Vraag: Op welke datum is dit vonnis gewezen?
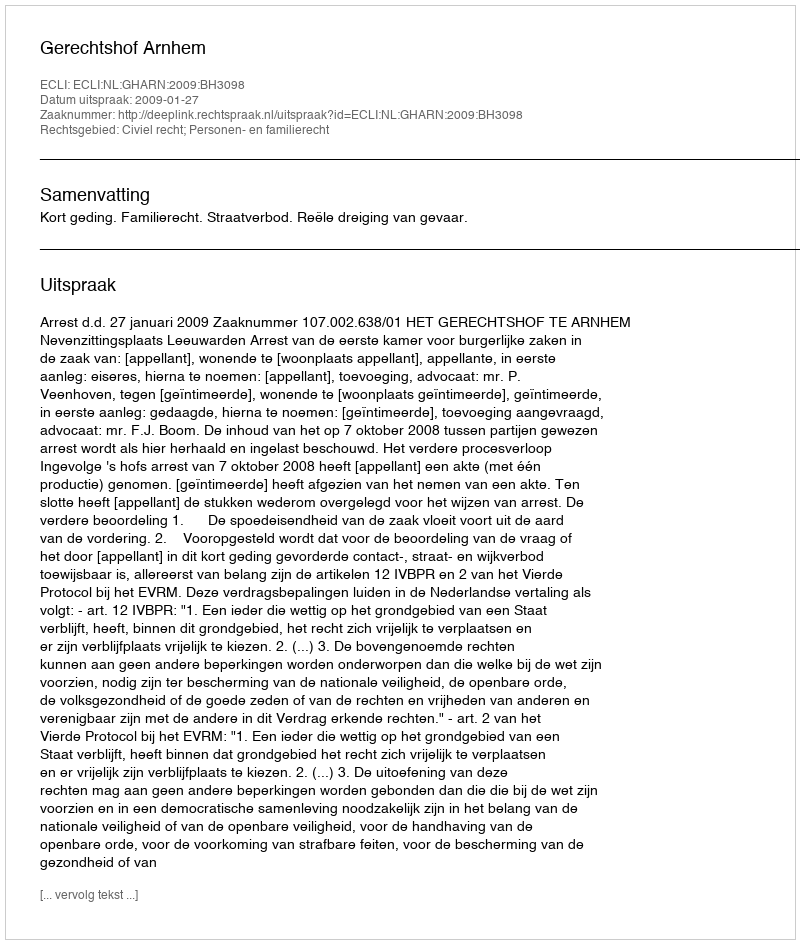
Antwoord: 2009-01-27